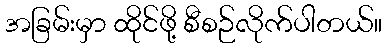
အခြမ်းမှာ ထိုင်ဖို့ စီစဉ်လိုက်ပါတယ်။